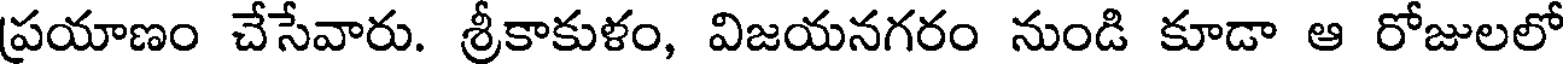
ప్రయాణం చేసేవారు. శ్రీకాకుళం, విజయనగరం నుండి కూడా ఆ రోజులలో